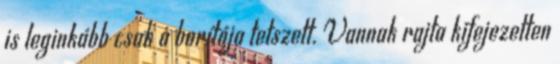
is leginkább csak a borítója tetszett. Vannak rajta kifejezetten